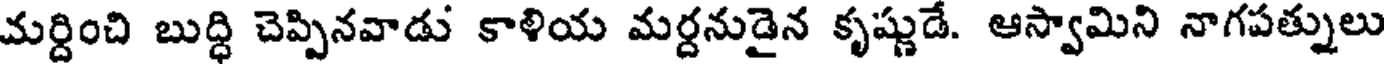
మర్దించి బుద్ధి చెప్పినవాడు కాళియ మర్దనుడైన కృష్ణుడే. ఆస్వామిని నాగపత్నులు